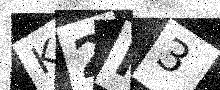
Text: K2H3